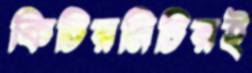
কিচিরমিচিরই